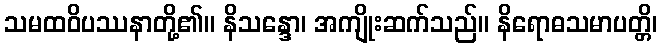
သမထဝိပဿနာတို့၏။ နိသန္ဒော၊ အကျိုးဆက်သည်။ နိရောဓသမာပတ္တိ၊